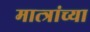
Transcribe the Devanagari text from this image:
मात्त्रांच्या